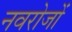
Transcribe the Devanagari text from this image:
नवरोजों